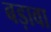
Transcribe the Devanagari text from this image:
बड़ावा